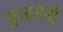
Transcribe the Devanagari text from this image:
प्रजननो